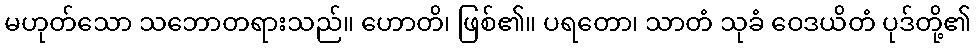
မဟုတ်သော သဘောတရားသည်။ ဟောတိ၊ ဖြစ်၏။ ပရတော၊ သာတံ သုခံ ဝေဒယိတံ ပုဒ်တို့၏